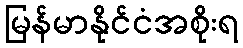
မြန်မာနိုင်ငံအစိုးရ